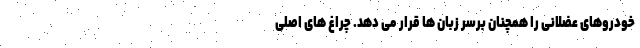
خودروهای عضلانی را همچنان برسر زبان ها قرار می دهد. چراغ های اصلی